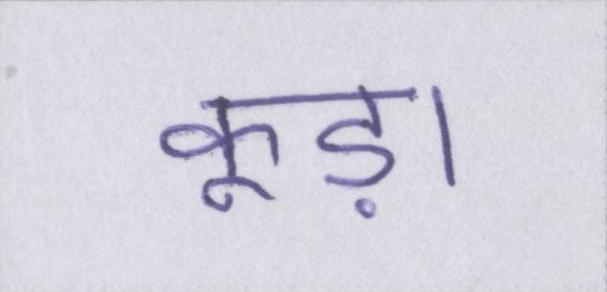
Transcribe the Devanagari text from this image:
कूड़ा